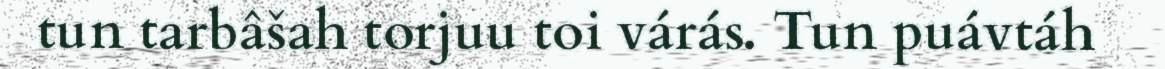
tun tarbâšah torjuu toi várás. Tun puávtáh